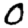
Digit: 0